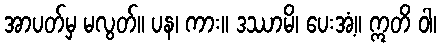
အာပတ်မှ မလွတ်။ ပန၊ ကား။ ဒဿာမိ၊ ပေးအံ့။ ဣတိ ဝါ၊